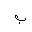
Letter: _ba